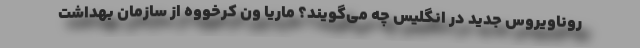
روناویروس جدید در انگلیس چه می‌گویند؟ ماریا ون کرخووه از سازمان بهداشت